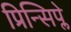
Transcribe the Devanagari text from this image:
प्रिन्सिप्ले